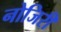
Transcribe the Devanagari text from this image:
नोजिरी